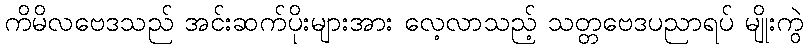
ကိမိလဗေဒသည် အင်းဆက်ပိုးများအား လေ့လာသည့် သတ္တဗေဒပညာရပ် မျိုးကွဲ